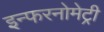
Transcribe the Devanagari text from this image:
इन्फरनोमेट्री